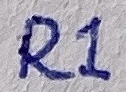
Text: R1